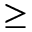
\geq